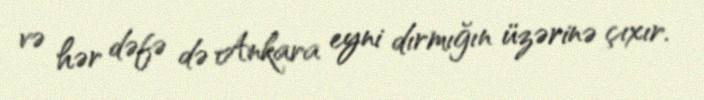
və hər dəfə də Ankara eyni dırmığın üzərinə çıxır.